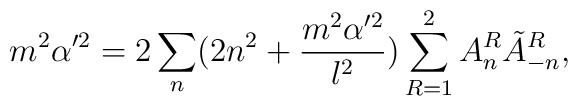
m^2\alpha'^2=2\sum_n(2n^2+\frac{m^2\alpha'^2}{l^2})\sum_{R=1}^{2}A_n^R\tilde{A}_{-n}^R,